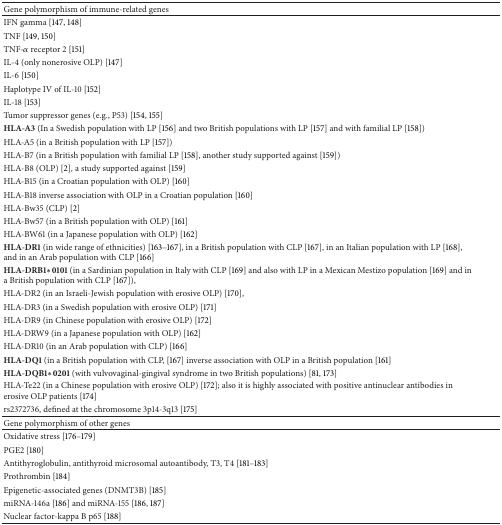
<table><thead><tr><td><b>Gene polymorphism of immune-related genes</b></td><td><b> </b></td></tr></thead><tbody><tr><td>IFN gamma [147, 148] </td><td> </td></tr><tr><td>TNF [149, 150]</td><td> </td></tr><tr><td>TNF-<i>α</i> receptor 2 [151] </td><td> </td></tr><tr><td>IL-4 (only nonerosive OLP) [147]</td><td> </td></tr><tr><td>IL-6 [150]</td><td> </td></tr><tr><td>Haplotype IV of IL-10 [152]</td><td> </td></tr><tr><td>IL-18 [153] </td><td> </td></tr><tr><td>Tumor suppressor genes (e.g., P53) [154, 155]</td><td> </td></tr><tr><td><b>HLA-A3</b> (In a Swedish population with LP [156] and two British populations with LP [157] and with familial LP [158])</td><td> </td></tr><tr><td>HLA-A5 (in a British population with LP [157])</td><td> </td></tr><tr><td>HLA-B7 (in a British population with familial LP [158], another study supported against [159])</td><td> </td></tr><tr><td>HLA-B8 (OLP) [2], a study supported against [159]</td><td> </td></tr><tr><td>HLA-B15 (in a Croatian population with OLP) [160]</td><td> </td></tr><tr><td>HLA-B18 inverse association with OLP in a Croatian population [160]</td><td> </td></tr><tr><td>HLA-Bw35 (CLP) [2]</td><td> </td></tr><tr><td>HLA-Bw57 (in a British population with OLP) [161]</td><td> </td></tr><tr><td>HLA-BW61 (in a Japanese population with OLP) [162]</td><td> </td></tr><tr><td><b>HLA-DR1</b> (in wide range of ethnicities) [163–167], in a British population with CLP [167], in an Italian population with LP [168], and in an Arab population with CLP [166]</td><td> </td></tr><tr><td><b>HLA-DRB1∗0101</b> (in a Sardinian population in Italy with CLP [169] and also with LP in a Mexican Mestizo population [169] and in a British population with CLP [167]),</td><td> </td></tr><tr><td>HLA-DR2 (in an Israeli-Jewish population with erosive OLP) [170], </td><td> </td></tr><tr><td>HLA-DR3 (in a Swedish population with erosive OLP) [171]</td><td> </td></tr><tr><td>HLA-DR9 (in Chinese population with erosive OLP) [172]</td><td> </td></tr><tr><td>HLA-DRW9 (in a Japanese population with OLP) [162]</td><td> </td></tr><tr><td>HLA-DR10 (in an Arab population with CLP) [166] </td><td> </td></tr><tr><td><b>HLA-DQ1</b> (in a British population with CLP, [167] inverse association with OLP in a British population [161]</td><td> </td></tr><tr><td><b>HLA-DQB1∗0201</b> (with vulvovaginal-gingival syndrome in two British populations) [81, 173] </td><td> </td></tr><tr><td>HLA-Te22 (in a Chinese population with erosive OLP) [172]; also it is highly associated with positive antinuclear antibodies in erosive OLP patients [174]</td><td> </td></tr><tr><td>rs2372736, defined at the chromosome 3p14-3q13 [175]</td><td> </td></tr><tr><td>Gene polymorphism of other genes</td><td> </td></tr><tr><td>Oxidative stress [176–179]</td><td> </td></tr><tr><td>PGE2 [180]</td><td> </td></tr><tr><td>Antithyroglobulin, antithyroid microsomal autoantibody, T3, T4 [181–183]</td><td> </td></tr><tr><td>Prothrombin [184]</td><td> </td></tr><tr><td>Epigenetic-associated genes (DNMT3B) [185]</td><td> </td></tr><tr><td>miRNA-146a [186] and miRNA-155 [186, 187]</td><td> </td></tr><tr><td>Nuclear factor-kappa B p65 [188]</td><td> </td></tr></tbody></table>